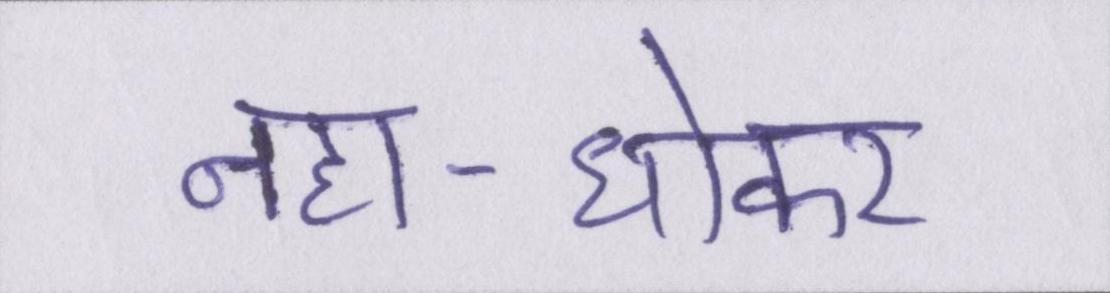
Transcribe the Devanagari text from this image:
नहा-धोकर